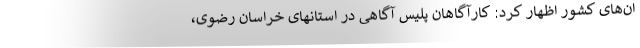
ان‌های کشور اظهار کرد: کارآگاهان پلیس آگاهی در استانهای خراسان رضوی،